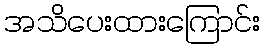
အသိပေးထားကြောင်း